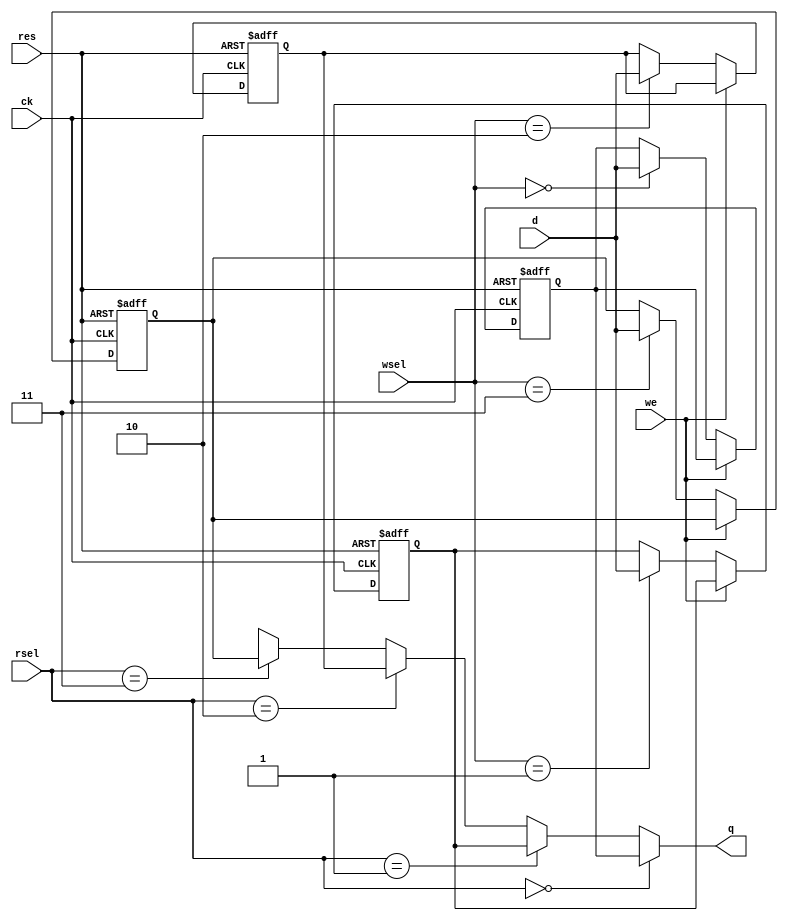
module regfile(q, d, rsel, wsel, we,  ck, res) ;
   output [15:0] q ;
   input [15:0]  d ;
   input [1:0] 	 rsel, wsel ;
   input 	 we, ck, res ;
   reg [15:0] 	 r0, r1, r2, r3 ;
   
   always @(posedge ck or negedge res)
     begin
	if(!res)
	  begin
	     {r0, r1, r2, r3} <= 64'd0 ;
	  end
	else if(!we)
	  begin
	     case(wsel)
	       2'd0: r0 <= d ;
	       2'd1: r1 <= d ;
	       2'd2: r2 <= d ;
	       2'd3: r3 <= d ;
	     endcase
	  end
     end // always @ (posedge ck or negedge res)
   
   assign q = (rsel == 2'd0) ? r0 :
	      (rsel == 2'd1) ? r1 :
	      (rsel == 2'd2) ? r2 :
	      (rsel == 2'd3) ? r3 : 16'bx ;
endmodule // regfile